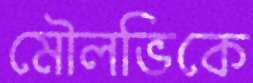
মৌলভিকে